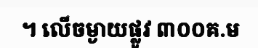
។ លើចម្ងាយផ្លូវ ៣០០គ.ម